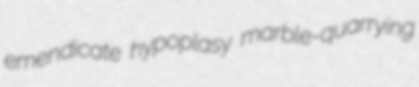
emendicate hypoplasy marble-quarrying